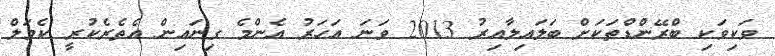
ވަކިވަކި ބްރޭންޑްތަކަށް ބަލައިލާއިރު 2013 ވަނަ އަހަރު އެންމެ ގިނައިން އެތެރެކުރީ ކެމަލް